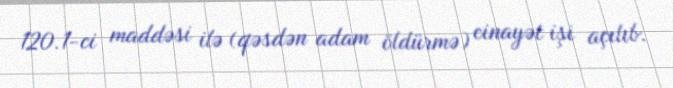
120.1-ci maddəsi ilə (qəsdən adam öldürmə) cinayət işi açılıb.